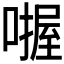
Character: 𪢅